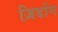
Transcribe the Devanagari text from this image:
ज़िडोंग